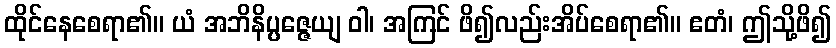
ထိုင်နေစေရာ၏။ ယံ အဘိနိပ္ပဇ္ဇေယျ ဝါ၊ အကြင် ဖိ၍လည်းအိပ်စေရာ၏။ ဧတံ၊ ဤသို့ဖိ၍